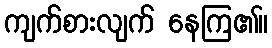
ကျက်စားလျက် နေကြ၏။